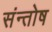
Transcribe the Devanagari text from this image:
संन्‍तोष